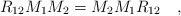
\begin{align*}R_{12}M_1M_2=M_2M_1R_{12} \quad,\end{align*}